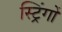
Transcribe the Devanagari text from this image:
स्ट्रिंगों